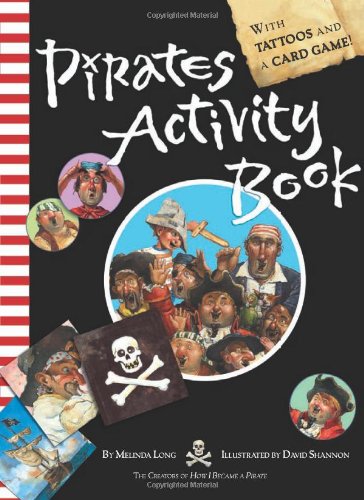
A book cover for Pirates Activity Book; Melinda Long; Crafts, Hobbies & Home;